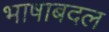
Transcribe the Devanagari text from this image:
भाषाबदल